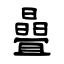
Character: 曡